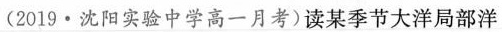
(2019·沈阳实验中学高一月考)读某季节大洋局部洋